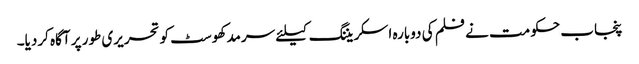
پنجاب حکومت نے فلم کی دوبارہ اسکریننگ کیلئے سرمد کھوسٹ کو تحریری طور پر آگاہ کردیا۔